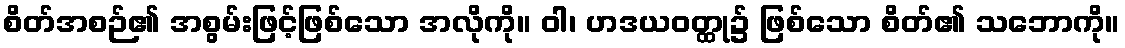
စိတ်အစဉ်၏ အစွမ်းဖြင့်ဖြစ်သော အလိုကို။ ဝါ၊ ဟဒယဝတ္ထု၌ ဖြစ်သော စိတ်၏ သဘောကို။